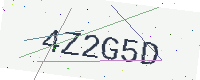
Text: 4Z2G5D